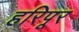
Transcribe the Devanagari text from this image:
हरिपूर